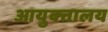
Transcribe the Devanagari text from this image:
आयुक्‍तालय